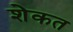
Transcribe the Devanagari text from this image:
शेकत